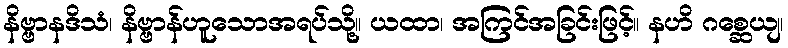
နိဗ္ဗာနဒိသံ၊ နိဗ္ဗာန်ဟူသောအရပ်သို့။ ယထာ၊ အကြင်အခြင်းဖြင့်။ နဟိ ဂစ္ဆေယျ၊